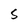
Character: 5